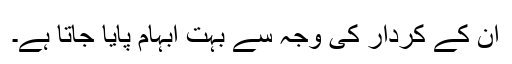
ان کے کردار کی وجہ سے بہت ابہام پایا جاتا ہے۔